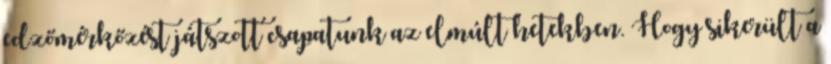
edzőmérkőzést játszott csapatunk az elmúlt hetekben. Hogy sikerült a